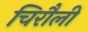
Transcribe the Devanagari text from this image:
चिरौली